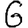
Digit: 6